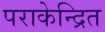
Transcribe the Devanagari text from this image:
पराकेन्द्रित